Indian journal of veterinary science and animal husbandry - Volume 3,
Year: 1933
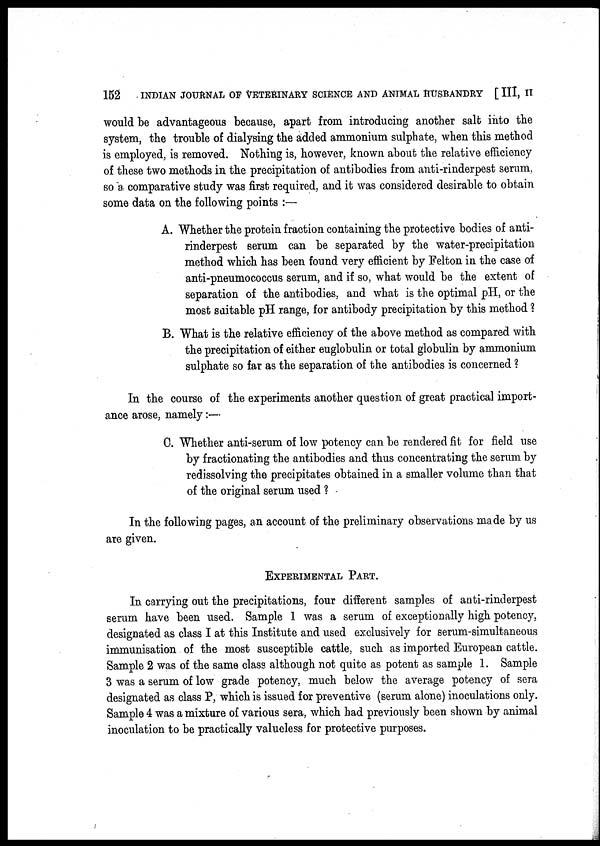
152
INDIAN JOURNAL OF VETERINARY SCIENCE AND ANIMAL HUSBANDRY [ III, II
would be advantageous because, apart from introducing another salt into the
system, the trouble of dialysing the added ammonium sulphate, when this method
is employed, is removed. Nothing is, however, known about the relative efficiency
of these two methods in the precipitation of antibodies from anti-rinderpest serum,
so a comparative study was first required, and it was considered desirable to obtain
some data on the following points :—
A. Whether the protein fraction containing the protective bodies of anti¬
rinderpest serum can be separated by the water-precipitation
method which has been found very efficient by Felton in the case of
anti-pneumococcus serum, and if so, what would be the extent of
separation of the antibodies, and what is the optimal pH, or the
most suitable pH range, for antibody precipitation by this method ?
B. What is the relative efficiency of the above method as compared with
the precipitation of either euglobulin or total globulin by ammonium
sulphate so far as the separation of the antibodies is concerned ?
In the course of the experiments another question of great practical import-
ance arose, namely :—
C. Whether anti-serum of low potency can be rendered fit for field use
by fractionating the antibodies and thus concentrating the serum by
redissolving the precipitates obtained in a smaller volume than that
of the original serum used ?
In the following pages, an account of the preliminary observations made by us
are given.
EXPERIMENTAL PART.
In carrying out the precipitations, four different samples of anti-rinderpest
serum have been used. Sample 1 was a serum of exceptionally high potency,
designated as class I at this Institute and used exclusively for serum-simultaneous
immunisation of the most susceptible cattle, such as imported European cattle.
Sample 2 was of the same class although not quite as potent as sample 1. Sample
3 was a serum of low grade potency, much below the average potency of sera
designated as class P, which is issued for preventive (serum alone) inoculations only.
Sample 4 was a mixture of various sera, which had previously been shown by animal
inoculation to be practically valueless for protective purposes.